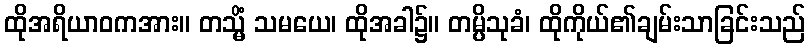
ထိုအရိယာဝကအား။ တသ္မိံ သမယေ၊ ထိုအခါ၌။ တမ္ပိသုခံ၊ ထိုကိုယ်၏ချမ်းသာခြင်းသည်